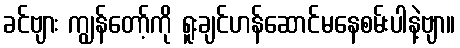
ခင်ဗျား ကျွန်တော့်ကို ရူးချင်ဟန်ဆောင်မနေစမ်းပါနဲ့ဗျာ။